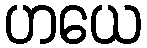
ဟယေ